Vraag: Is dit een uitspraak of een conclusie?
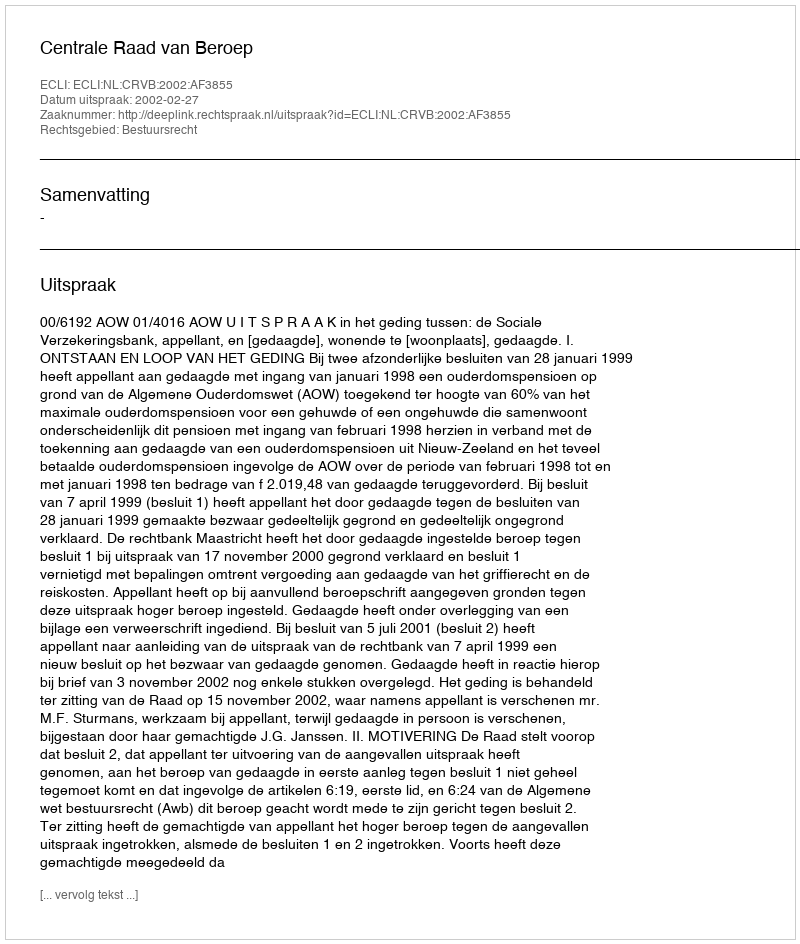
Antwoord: Uitspraak